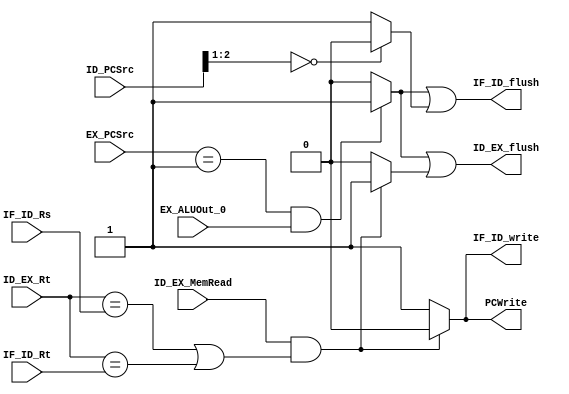
module Hazard_Unit(IF_ID_Rs, IF_ID_Rt, ID_PCSrc, EX_PCSrc, ID_EX_MemRead, ID_EX_Rt, EX_ALUOut_0, PCWrite, IF_ID_write, IF_ID_flush, ID_EX_flush);

input [4:0] IF_ID_Rs;
input [4:0] IF_ID_Rt;
input [2:0] ID_PCSrc;
input [2:0] EX_PCSrc;
input ID_EX_MemRead;
input [4:0] ID_EX_Rt;
input EX_ALUOut_0;

output PCWrite; 
output IF_ID_write;
output IF_ID_flush;
output ID_EX_flush;

reg [2:0] PCWrite_mark;
reg [2:0] IF_ID_write_mark;
reg [2:0] IF_ID_flush_mark;
reg [2:0] ID_EX_flush_mark;

always @(*) begin
	// Branch
	if (EX_PCSrc == 3'd1 && EX_ALUOut_0) begin		
		PCWrite_mark[0] = 1'b1;
		IF_ID_write_mark[0] = 1'b1;
		IF_ID_flush_mark[0] = 1'b1;	
		ID_EX_flush_mark[0] = 1'b1;
	end
	else begin
		PCWrite_mark[0] = 1'b1;
		IF_ID_write_mark[0] = 1'b1;
		IF_ID_flush_mark[0] = 1'b0;	
		ID_EX_flush_mark[0] = 1'b0;
	end
	// Jump
	if(ID_PCSrc[2:1]==2'b00) begin
		PCWrite_mark[1] = 1'b1;
		IF_ID_write_mark[1] = 1'b1;
		IF_ID_flush_mark[1] = 1'b0;	
		ID_EX_flush_mark[1] = 1'b0;
	end
	else begin
		PCWrite_mark[1] = 1'b1;
		IF_ID_write_mark[1] = 1'b1;
		IF_ID_flush_mark[1] = 1'b1;	
		ID_EX_flush_mark[1] = 1'b0;
	end
	// Load use
	if(ID_EX_MemRead && (ID_EX_Rt == IF_ID_Rs || ID_EX_Rt == IF_ID_Rt)) begin
		PCWrite_mark[2] = 1'b0;
		IF_ID_write_mark[2] = 1'b0;
		IF_ID_flush_mark[2] = 1'b0;	
		ID_EX_flush_mark[2] = 1'b1;
	end
	else begin
		PCWrite_mark[2] = 1'b1;
		IF_ID_write_mark[2] = 1'b1;
		IF_ID_flush_mark[2] = 1'b0;	
		ID_EX_flush_mark[2] = 1'b0;
	end
end

assign PCWrite = PCWrite_mark[0] & PCWrite_mark[1] & PCWrite_mark[2];
assign IF_ID_write = IF_ID_write_mark[0] & IF_ID_write_mark[1] & IF_ID_write_mark[2];
assign IF_ID_flush = IF_ID_flush_mark[0] | IF_ID_flush_mark[1] | IF_ID_flush_mark[2];
assign ID_EX_flush = ID_EX_flush_mark[0] | ID_EX_flush_mark[1] | ID_EX_flush_mark[2];

endmodule